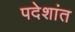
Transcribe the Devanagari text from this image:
पदेशांत